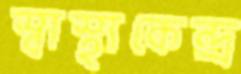
স্বাস্থ্যকেন্দ্র